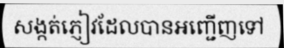
សង្កត់ភ្ញៀវដែលបានអញ្ជើញទៅ